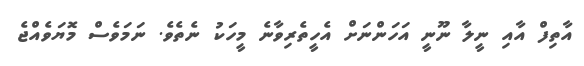
އާތިފް އާއި ނީލާ ނޫނީ އަހަންނަށް އެހީތެރިވާނެ މީހަކު ނެތެވެ. ނަމަވެސް މޮޔަވެއްޖެ